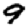
Digit: 9